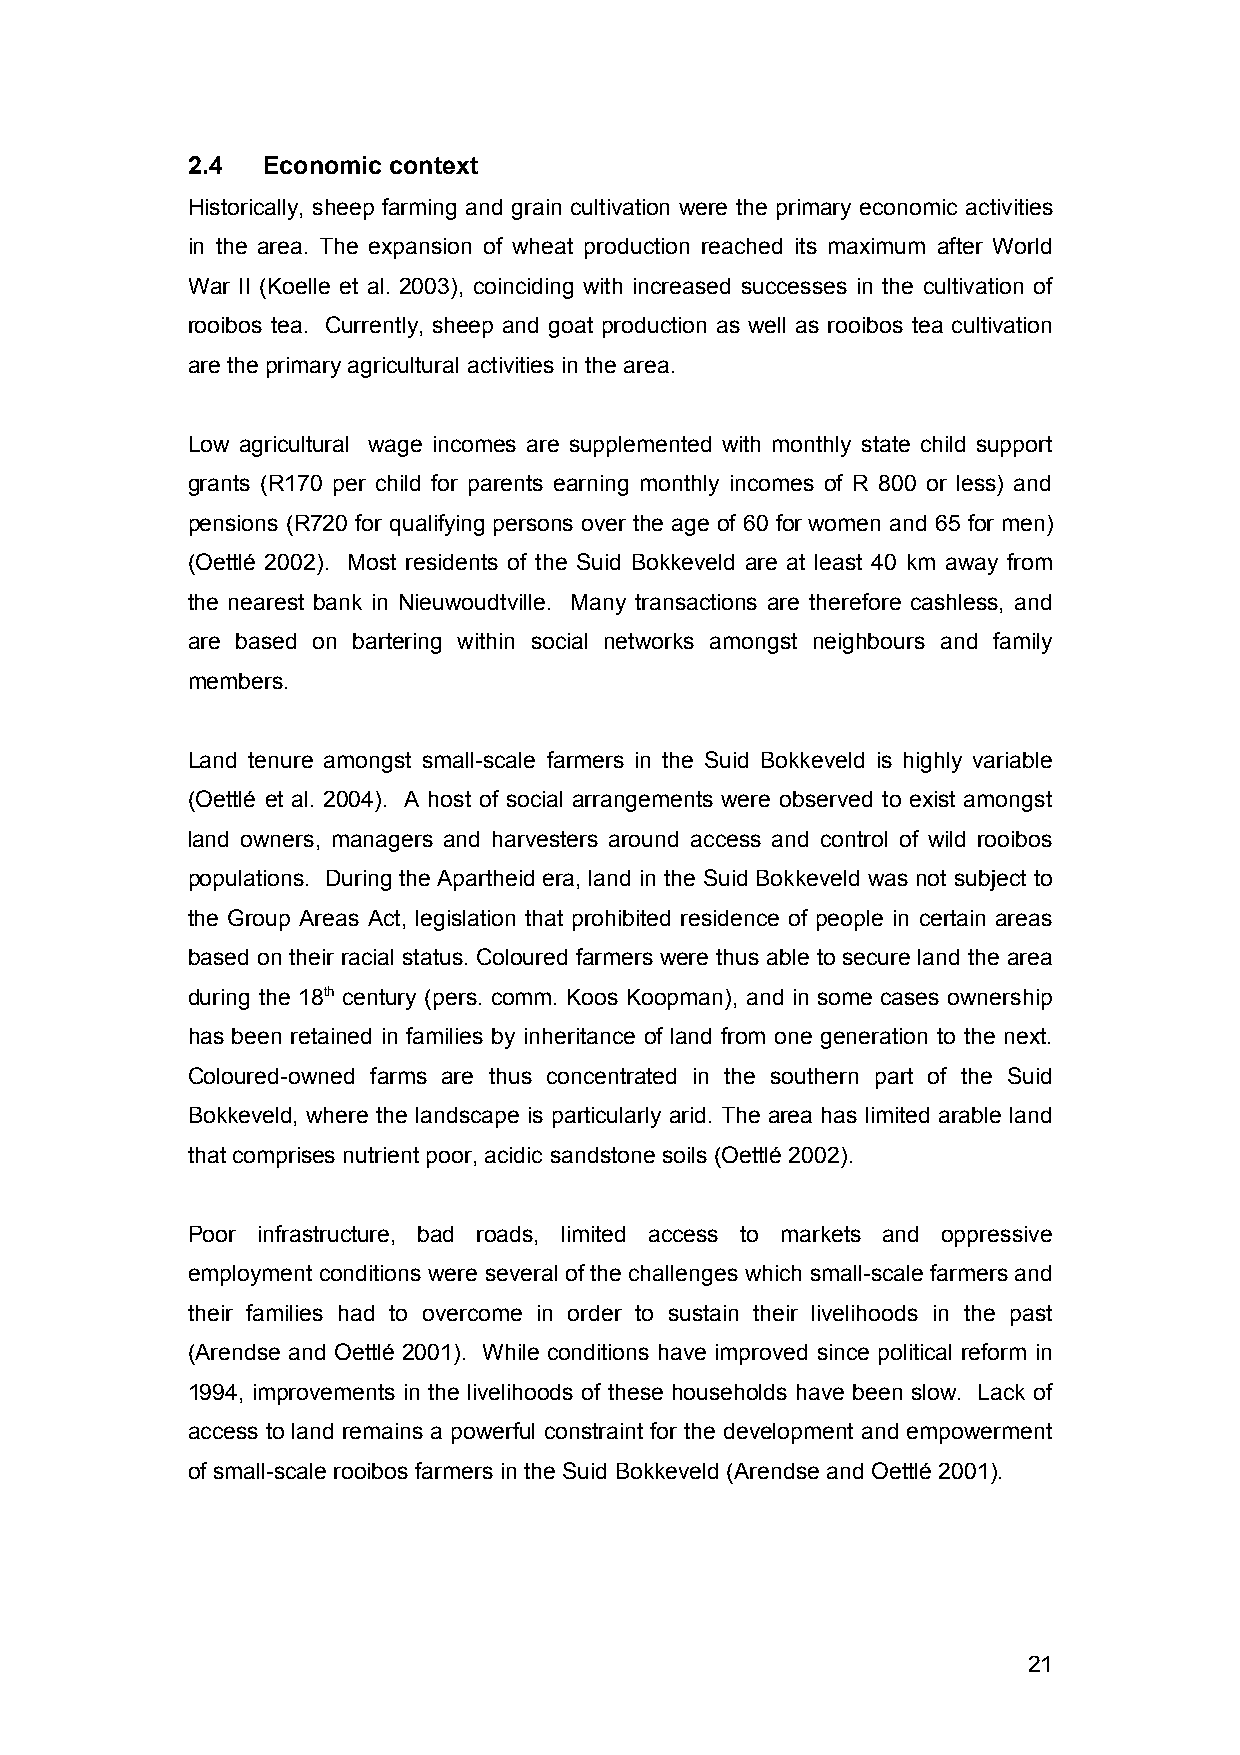
2.4  Economic context
 Historically, sheep farming and grain cultivation were the primary economic activities
 in the area. The expansion of wheat production reached its maximum after World
 War II (Koelle et al. 2003), coinciding with increased successes in the cultivation of
 rooibos tea. Currently, sheep and goat production as well as rooibos tea cultivation
 are the primary agricultural activities in the area.
 Low agricultural wage incomes are supplemented with monthly state child support
 grants (R170 per child for parents earning monthly incomes of R 800 or less) and
 pensions (R720 for qualifying persons over the age of 60 for women and 65 for men)
 (Oettlé 2002). Most residents of the Suid Bokkeveld are at least 40 km away from
 the nearest bank in Nieuwoudtville. Many transactions are therefore cashless, and
 are based on bartering within social networks amongst neighbours and family
 members.
 Land tenure amongst small-scale farmers in the Suid Bokkeveld is highly variable
 (Oettlé et al. 2004). A host of social arrangements were observed to exist amongst
 land owners, managers and harvesters around access and control of wild rooibos
 populations. During the Apartheid era, land in the Suid Bokkeveld was not subject to
 the Group Areas Act, legislation that prohibited residence of people in certain areas
 based on their racial status. Coloured farmers were thus able to secure land the area
 during the 18th century (pers. comm. Koos Koopman), and in some cases ownership
 has been retained in families by inheritance of land from one generation to the next.
 Coloured-owned farms are thus concentrated in the southern part of the Suid
 Bokkeveld, where the landscape is particularly arid. The area has limited arable land
 that comprises nutrient poor, acidic sandstone soils (Oettlé 2002).
 Poor infrastructure, bad roads, limited access to markets and oppressive
 employment conditions were several of the challenges which small-scale farmers and
 their families had to overcome in order to sustain their livelihoods in the past
 (Arendse and Oettlé 2001). While conditions have improved since political reform in
 1994, improvements in the livelihoods of these households have been slow. Lack of
 access to land remains a powerful constraint for the development and empowerment
 of small-scale rooibos farmers in the Suid Bokkeveld (Arendse and Oettlé 2001).
 21